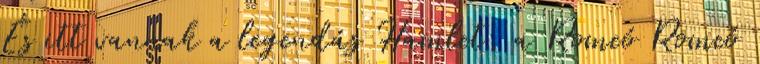
És itt vannak a legendás Hamlet, a Romeó Romeó